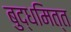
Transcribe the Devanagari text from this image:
बुद्धमित्त